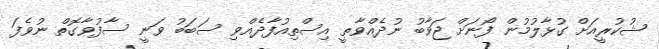
ޝުކުރީއަށް ގުޅާލުމުން ފޯނަށް ޖަވާބު ނުދެއްވާތީ އިސްތިއުފާދެއްވި ސަބަބު ވަނީ ސާފުވާގޮތް ނުވެފަ